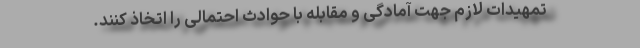
تمهیدات لازم جهت آمادگی و مقابله با حوادث احتمالی را اتخاذ کنند.